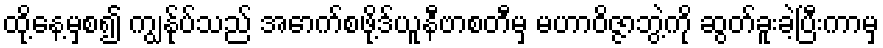
ထို့နေ့မှစ၍ ကျွန်ုပ်သည် အောက်စဖို့ဒ်ယူနီဗာစတီမှ မဟာဝိဇ္ဇာဘွဲ့ကို ဆွတ်ခူးခဲ့ပြီးကာမှ